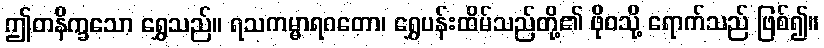
ဤတနိက္ခသော ရွှေသည်။ ရသကမ္မာရဂတော၊ ရွှေပန်းထိမ်သည်တို့၏ ဖိုဝသို့ ရောက်သည် ဖြစ်၍။